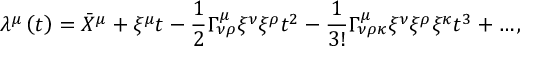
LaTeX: \lambda ^ { \mu } \left( t \right) = \bar { X } ^ { \mu } + \xi ^ { \mu } t - \frac { 1 } { 2 } \Gamma _ { \nu \rho } ^ { \mu } \xi ^ { \nu } \xi ^ { \rho } t ^ { 2 } - \frac { 1 } { 3 ! } \Gamma _ { \nu \rho \kappa } ^ { \mu } \xi ^ { \nu } \xi ^ { \rho } \xi ^ { \kappa } t ^ { 3 } + \ldots ,